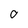
Character: 0